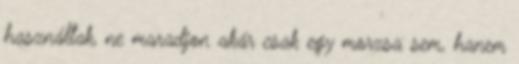
használtak, ne maradjon akár csak egy morzsa sem, hanem